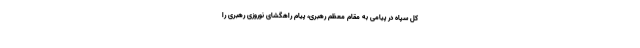
کل سپاه در پیامی به مقام معظم رهبری، پیام راهگشای نوروزی رهبری را